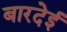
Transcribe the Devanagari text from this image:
बारदेई